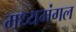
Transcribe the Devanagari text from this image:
मध्यमंगल